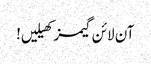
آن لائن گیمز کھیلیں!